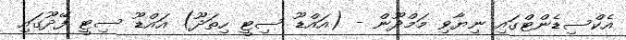
އެކްސިޑެންޓްގައި ނިޔާވި މަމްދޫން - (އައްޑޫ ސިޓީ ހިތަދޫ) އައްޑޫ ސިޓީ ފޭދޫގައި